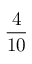
\frac { 4 } { 1 0 }